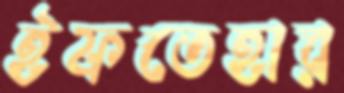
ইফতেহার